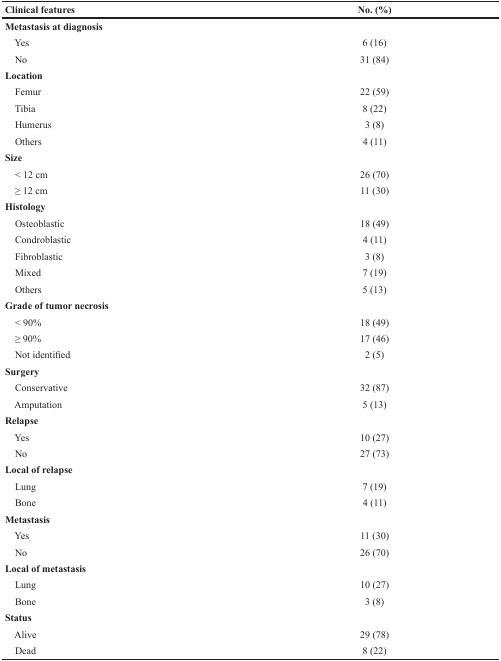
<table><thead><tr><td><b>Clinical features</b></td><td><b>No. (%)</b></td></tr><tr><td><b>Metastasis at diagnosis</b></td><td></td></tr></thead><tbody><tr><td> Yes</td><td>6 (16)</td></tr><tr><td> No</td><td>31 (84)</td></tr><tr><td><b>Location</b></td><td></td></tr><tr><td> Femur</td><td>22 (59)</td></tr><tr><td> Tibia</td><td>8 (22)</td></tr><tr><td> Humerus</td><td>3 (8)</td></tr><tr><td> Others</td><td>4 (11)</td></tr><tr><td><b>Size</b></td><td></td></tr><tr><td> &lt; 12 cm</td><td>26 (70)</td></tr><tr><td> ≥ 12 cm</td><td>11 (30)</td></tr><tr><td><b>Histology</b></td><td></td></tr><tr><td> Osteoblastic</td><td>18 (49)</td></tr><tr><td> Condroblastic</td><td>4 (11)</td></tr><tr><td> Fibroblastic</td><td>3 (8)</td></tr><tr><td> Mixed</td><td>7 (19)</td></tr><tr><td> Others</td><td>5 (13)</td></tr><tr><td><b>Grade of tumor necrosis</b></td><td></td></tr><tr><td> &lt; 90%</td><td>18 (49)</td></tr><tr><td> ≥ 90%</td><td>17 (46)</td></tr><tr><td> Not identified</td><td>2 (5)</td></tr><tr><td><b>Surgery</b></td><td></td></tr><tr><td> Conservative</td><td>32 (87)</td></tr><tr><td> Amputation</td><td>5 (13)</td></tr><tr><td><b>Relapse</b></td><td></td></tr><tr><td> Yes</td><td>10 (27)</td></tr><tr><td> No</td><td>27 (73)</td></tr><tr><td><b>Local of relapse</b></td><td></td></tr><tr><td> Lung</td><td>7 (19)</td></tr><tr><td> Bone</td><td>4 (11)</td></tr><tr><td><b>Metastasis</b></td><td></td></tr><tr><td> Yes</td><td>11 (30)</td></tr><tr><td> No</td><td>26 (70)</td></tr><tr><td><b>Local of metastasis</b></td><td></td></tr><tr><td> Lung</td><td>10 (27)</td></tr><tr><td> Bone</td><td>3 (8)</td></tr><tr><td><b>Status</b></td><td></td></tr><tr><td> Alive</td><td>29 (78)</td></tr><tr><td> Dead</td><td>8 (22)</td></tr></tbody></table>